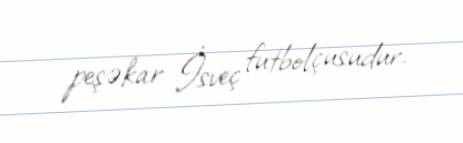
peşəkar İsveç futbolçusudur.